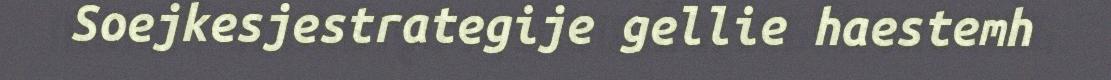
Soejkesjestrategije gellie haestemh